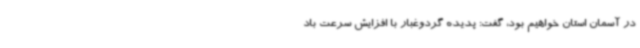
در آسمان استان خواهیم بود، گفت: پدیده گردوغبار با افزایش سرعت باد